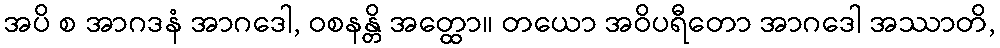
အပိ စ အာဂဒနံ အာဂဒေါ, ဝစနန္တိ အတ္ထော။ တယော အဝိပရီတော အာဂဒေါ အဿာတိ,